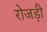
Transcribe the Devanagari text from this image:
रोजड़ी